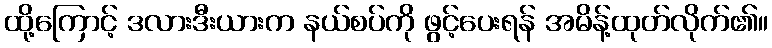
ထို့ကြောင့် ဒလားဒီးယားက နယ်စပ်ကို ဖွင့်ပေးရန် အမိန့်ထုတ်လိုက်၏။